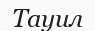
Тауил